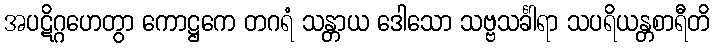
အပဋိဂ္ဂဟေတွာ ကောဋ္ဌကေ တဂရံ သန္တာယ ဒေါသော သဗ္ဗသင်္ခါရာ သပရိယန္တစာရီတိ